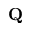
{ \bf Q }